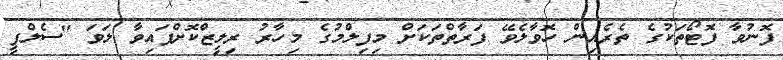
ފޮނުވާ ފޮޓޯތަކުގެ ތެރެއިން ހޮވާލެވޭ ފަރާތްތަކަށް މިފިލްމުގެ މިހާރު ރިލީޒްކޮށްފައިވާ ލަވަ "ސެލްފީ